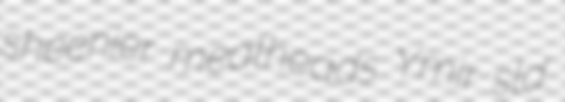
sheenier meatheads Ymir sld.